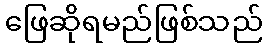
ဖြေဆိုရမည်ဖြစ်သည်